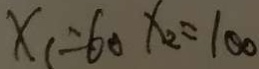
x _ { 1 } = 6 0 x _ { 2 } = 1 0 0